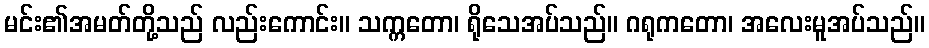
မင်း၏အမတ်တို့သည် လည်းကောင်း။ သက္ကတော၊ ရိုသေအပ်သည်။ ဂရုကတော၊ အလေးမူအပ်သည်။